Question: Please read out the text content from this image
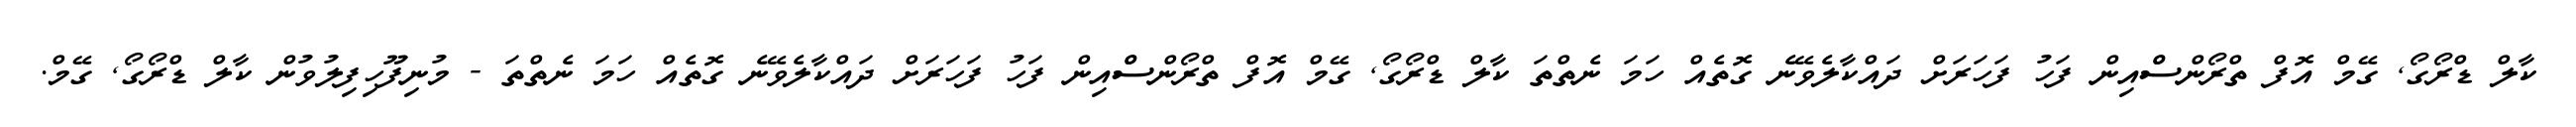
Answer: ކާލް ޑްރޯގޯ, ގޭމް އޮފް ތްރޯންސްްއިން ފަހު ފަހަރަށް ދައްކާލެވޭނެ ގޮތެއް ހަމަ ނެތްތަ ކާލް ޑްރޯގޯ, ގޭމް އޮފް ތްރޯންސްްއިން ފަހު ފަހަރަށް ދައްކާލެވޭނެ ގޮތެއް ހަމަ ނެތްތަ - މުނިފޫހިފިލުވުން ކާލް ޑްރޯގޯ, ގޭމް.